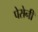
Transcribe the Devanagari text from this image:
पेरोनी